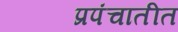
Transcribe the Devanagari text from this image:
प्रपंचातीत